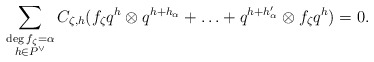
\begin{align*}\sum_{\substack{\deg f_\zeta = \alpha \\ h\in P^\vee}} C_{\zeta, h} ( f_\zeta q^{h} \otimes q^{h+h_{\alpha}} + \hdots + q^{h+h_{\alpha}^\prime} \otimes f_\zeta q^{h} ) = 0.\end{align*}